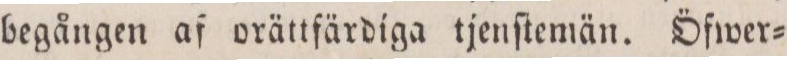
begången af orättfärdiga tjenſtemän. Öfwer=